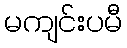
မကျင်းပမီ